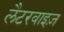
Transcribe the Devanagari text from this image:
लैटरवाइज़